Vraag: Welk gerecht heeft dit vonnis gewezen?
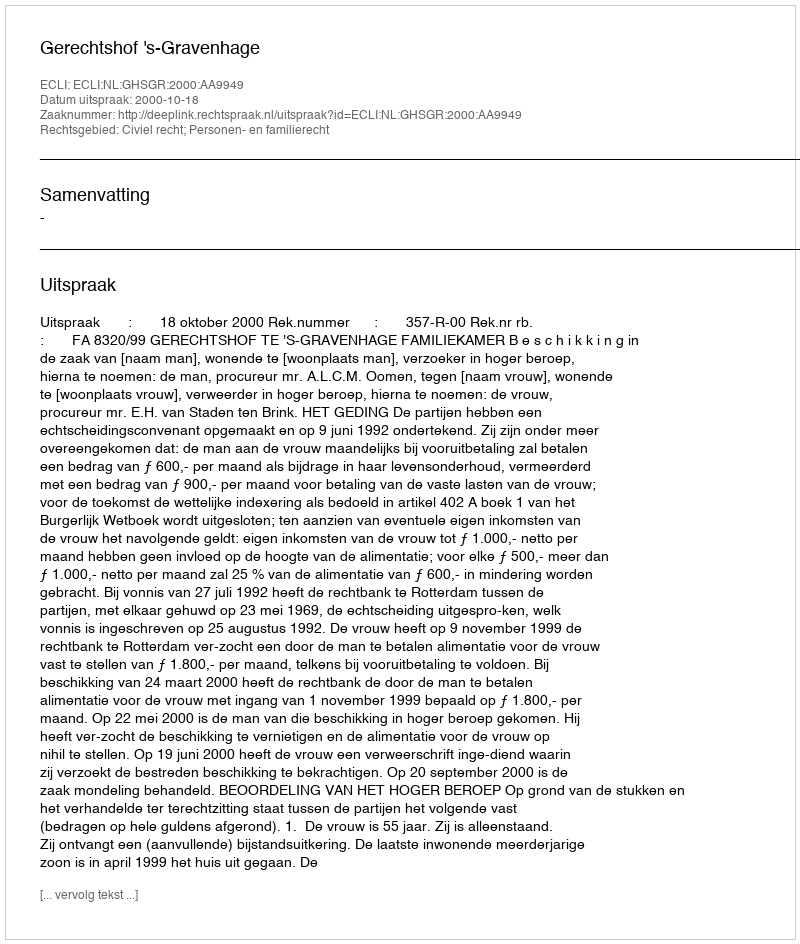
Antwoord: Gerechtshof 's-Gravenhage